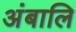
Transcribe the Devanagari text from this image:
अंबालि